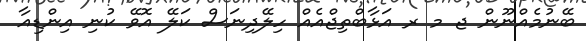
ބޭނުމެއްނޫން ޖ މ ރ އަޅާބްތިޖްއެއް ހިލޭދިނަސް ކަލޭ އޮވޭ ކުނި އިންޑިއާ